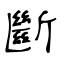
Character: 斷